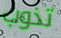
تذوب